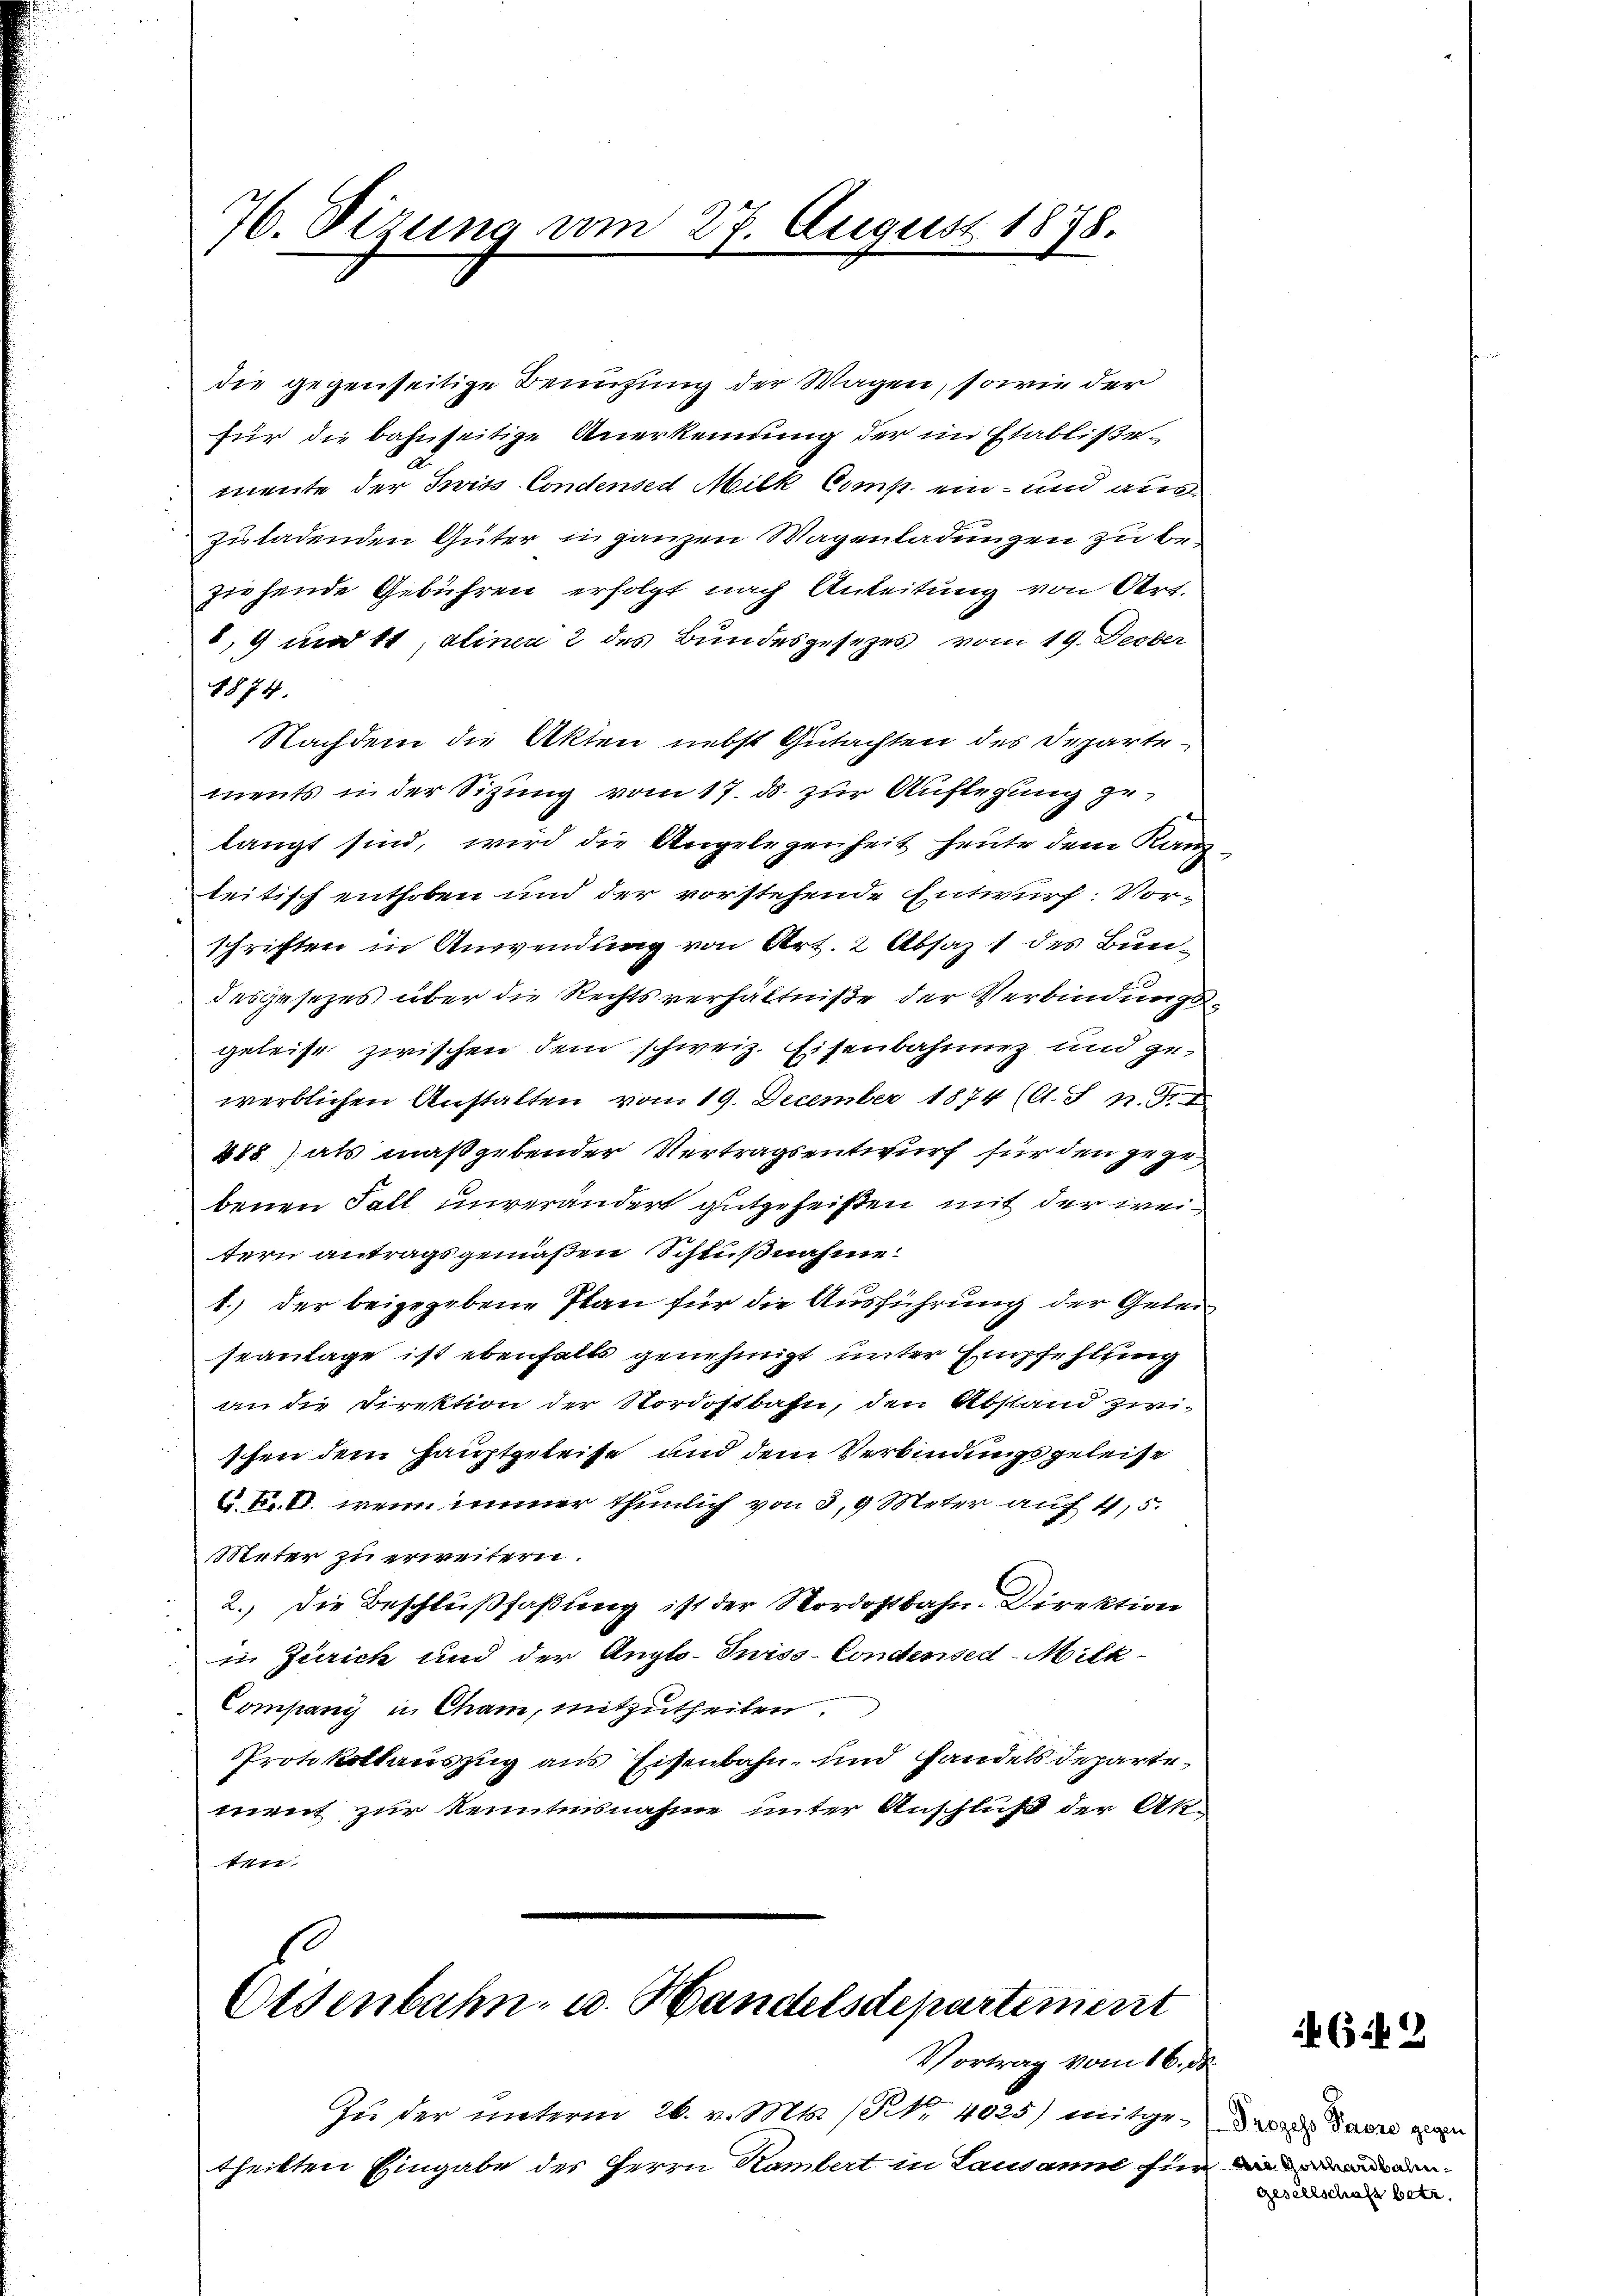
76. Dizung vom 27. August 1878.

die gegenseitige Benutzung der Wagen, sowie der
für die bahnseitige Anerkennung der im Etablißemnente der wiss Condensed Milk Comp. ein- und auc
zuladenden Güter in ganzen Wagenladungen zu beziehende Gebühren erfolgt nach Anleitung von Art.
8, 9 und 11, alinea 2 des Bundesgesezes vom 19. Decber
1874.
Nachdem die Akten nebst Gutachten des Departe
ments in der Sitzung vom 17. ds. zur Auflegung gelangt sind, wird die Angelegenheit heute dem Kanz
teitisch enthoben und der vorstehende Entwurf: Vorschriften in Anwendung von Art. 2 Absaz 1 des Bundesgesezes über die Rechtsverhältniße der Verbindungsgeleise zwischen dem schweiz. Eisenbahnung und zuwerblichen Anstalten vom 19. December 1874 (A. Z n. F. I
485) als maßgebender Vertragsentwurf für den gege
benen Fall unverändert gutgeheisten mit der weitern antragsgemäßen Schlußnahme
1.) der beigegebene Plan für die Ausführung der Gelen
seanlage ist ebenfalls genehmigt unter Empfehlung
an die Direktion der Nordostbahn, den Abstand zwi-
schen dem Hauptgeleise und dem Verbindungsgeleise
6 Fr. 6. wenn immer thunlich von 3,9 Meter auf 4,5.
Meter zu erweitern.
2.) Die Beschlußfaßung ist der Nordostbahn-Direktion
in Zürich und der Anglo-Suiss- Condersed-Milk-
Company in Cham, mitzutheilen.
PProtokollauszug aus Eisenbahn, und Handels departe
ment zur Kenntnisnahme unter Anschluß der An¬
1

Eisenbahn- u. Handelsdepartement
Vortrag vom 16. ds.

Zu der unterm 26. v. Mts. / NNo. 4025) mitge-der das gan
theilten Eingabe des Herrn Rambert in Lausanne für di

642

gesellschaft betr.